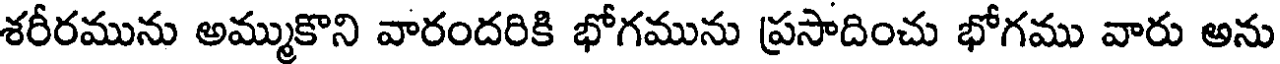
శరీరమును అమ్ముకొని వారందరికి భోగమును ప్రసాదించు భోగము వారు అను